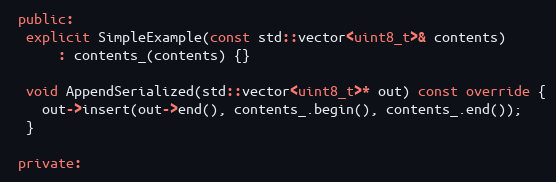
Language: C++
 public:
  explicit SimpleExample(const std::vector<uint8_t>& contents)
      : contents_(contents) {}

  void AppendSerialized(std::vector<uint8_t>* out) const override {
    out->insert(out->end(), contents_.begin(), contents_.end());
  }

 private: